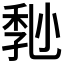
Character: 𡮒